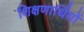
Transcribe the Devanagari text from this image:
शिक्षणार्थियों